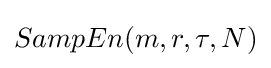
SampEn(m,r,\tau ,N)